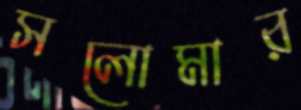
সলোমার